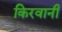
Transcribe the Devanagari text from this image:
किरवानी